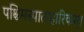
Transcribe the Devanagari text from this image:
पश्चिमस्पात्पहारिकम्।